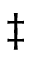
\ddagger